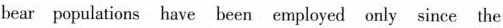
bear populations have been employed only since the